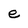
Character: e